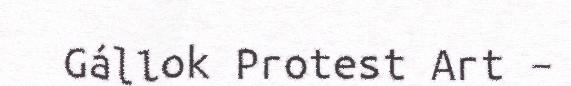
Gállok Protest Art –